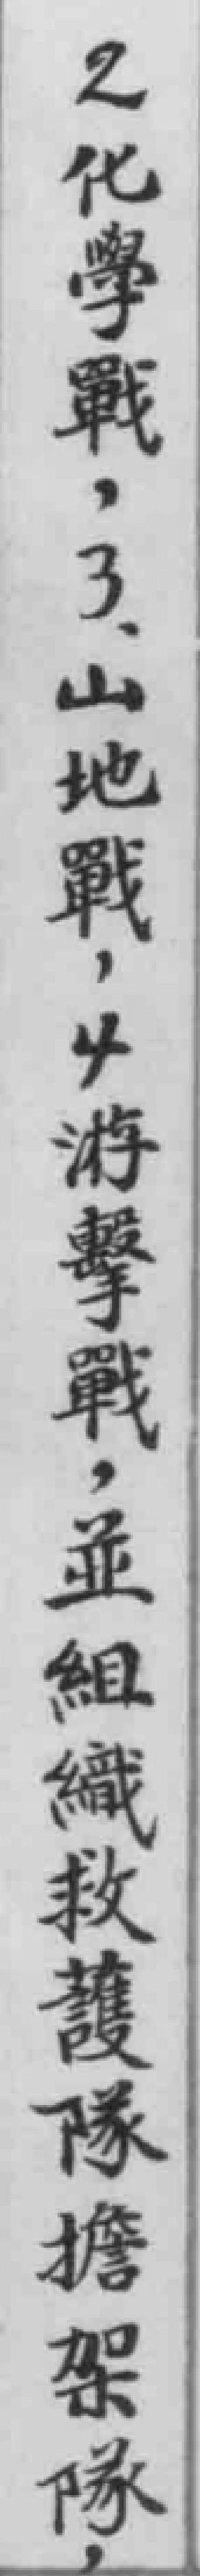
2化學戰，3.山地戰，4游擊戰，並組織救護隊擔架隊，